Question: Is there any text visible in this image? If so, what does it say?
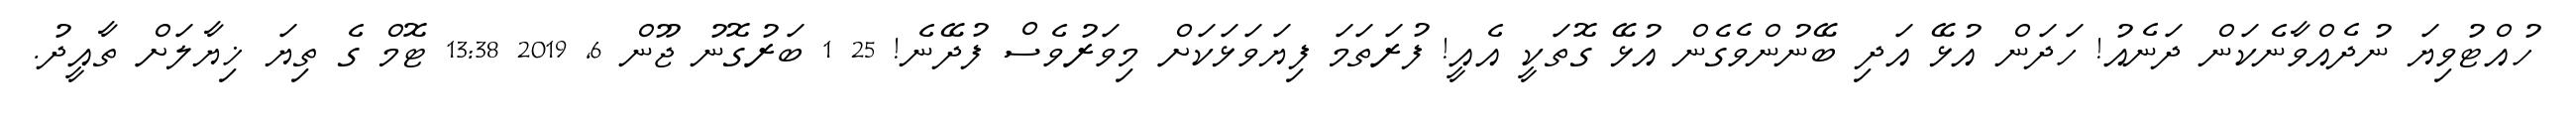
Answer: ހުއްޓުވިޔަ ނުދެއްވާނެކަން ދަނެއު! ހަދަން އުޅޭ އަދި ބޭނުންވެގެން އުޅޭ ގޮތަކީ އެއީ! ފުރަތަމަ ފިޔަވަޅަކަށް މިވަރުވެސް ފުދޭނެ! 25 1 ބަރުގޮނު ޖޫން 6, 2019 13:38 ޓޮމް ގެ ތިޔަ ޚިޔާލަށް ތާއީދު.